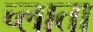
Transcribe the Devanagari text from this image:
च्लाता